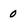
Character: 0